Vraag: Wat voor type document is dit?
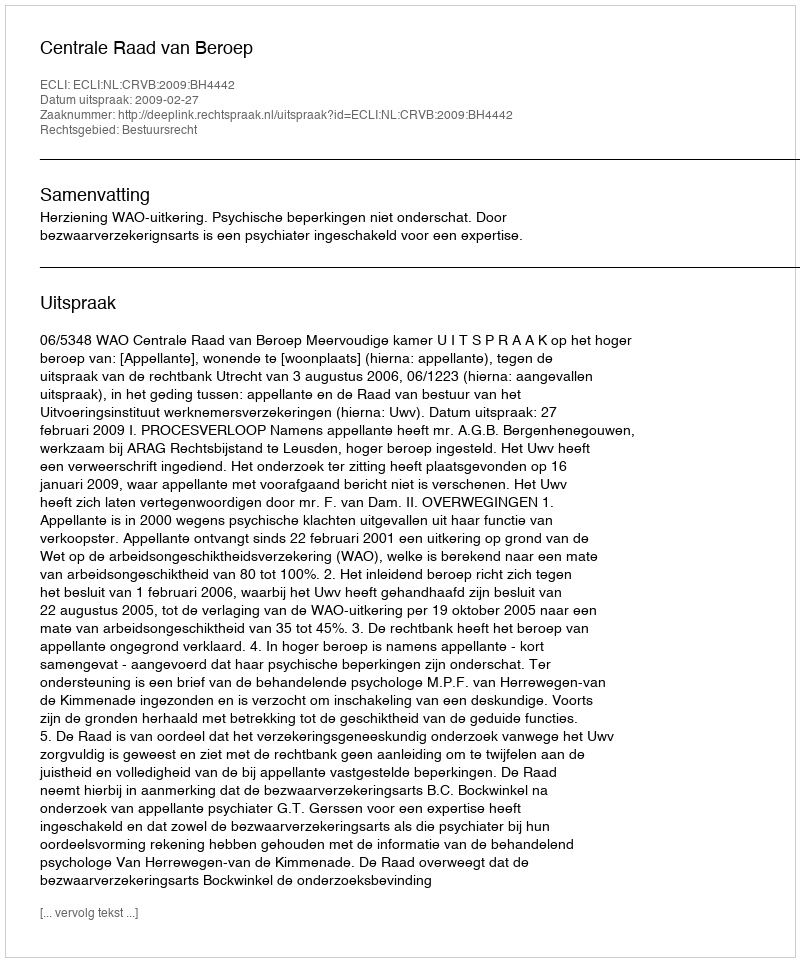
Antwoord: Uitspraak